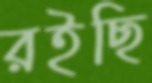
রইছি